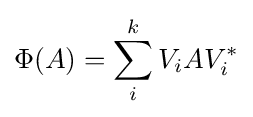
\Phi (A)=\sum _{i}^{k}V_{i}AV_{i}^{*}